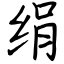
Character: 绢